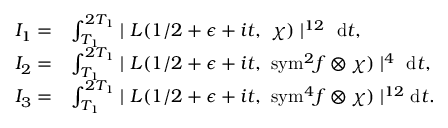
\begin{array} { r l } { I _ { 1 } = } & { \int _ { T _ { 1 } } ^ { 2 T _ { 1 } } \mid L ( 1 / 2 + \epsilon + i t , \ \chi ) \mid ^ { 1 2 } \ \mathrm { d } t , } \\ { I _ { 2 } = } & { \int _ { T _ { 1 } } ^ { 2 T _ { 1 } } \mid L ( 1 / 2 + \epsilon + i t , \ { \mathrm { s y m } ^ { 2 } } f \otimes \chi ) \mid ^ { 4 } \ \mathrm { d } t , } \\ { I _ { 3 } = } & { \int _ { T _ { 1 } } ^ { 2 T _ { 1 } } \mid L ( 1 / 2 + \epsilon + i t , \ { \mathrm { s y m } } ^ { 4 } f \otimes \chi ) \mid ^ { 1 2 } \mathrm { d } t . } \end{array}